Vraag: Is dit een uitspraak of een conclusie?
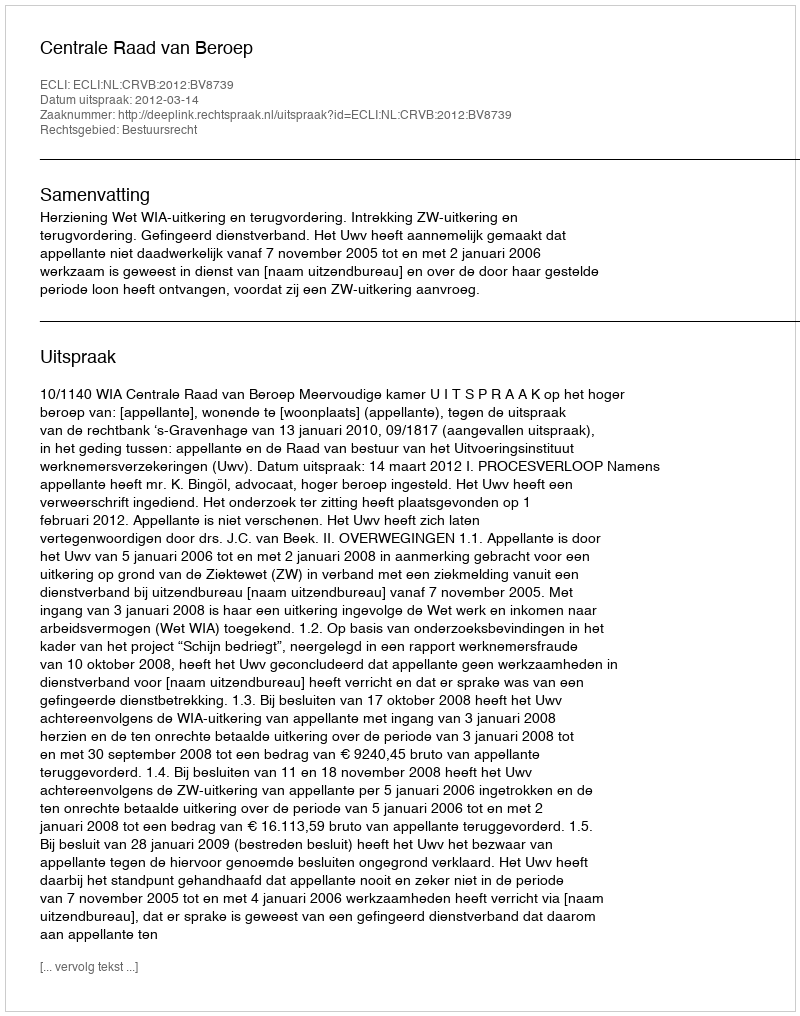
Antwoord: Uitspraak